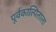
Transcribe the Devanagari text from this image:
पूर्वकाल्पिताला